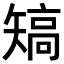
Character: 𥏹